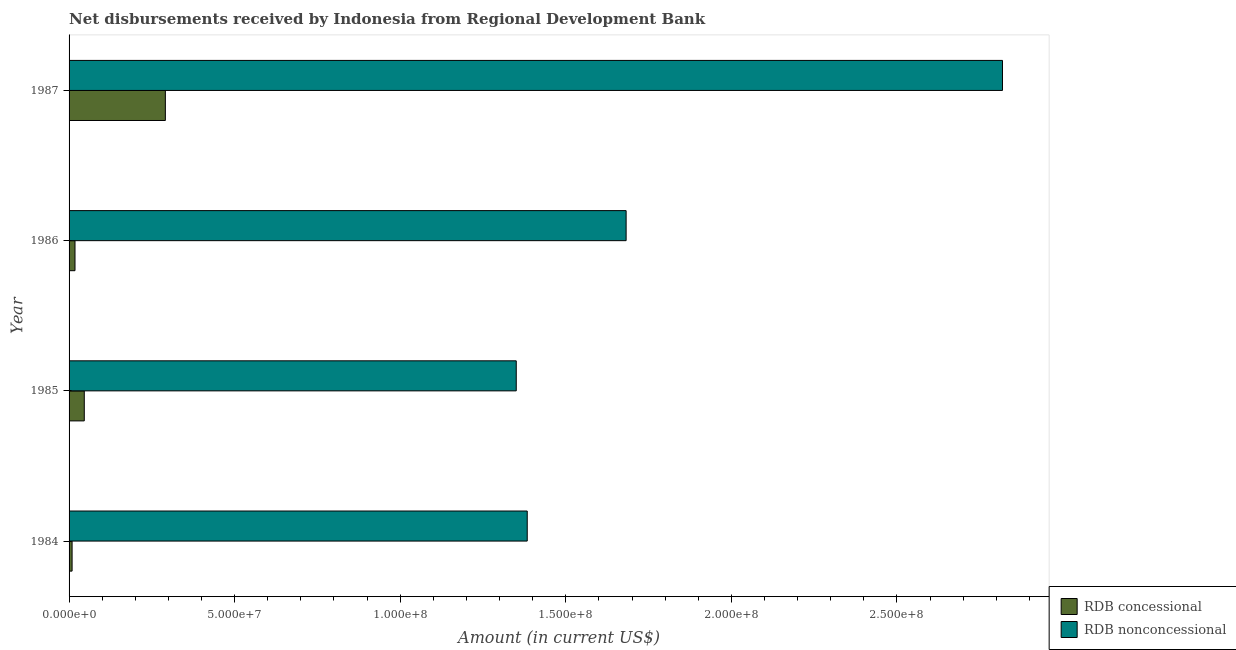
| Year | RDB concessional | RDB nonconcessional |
 | --- | --- | --- |
 | 1984 | 9.11e+05 | 1.38e+08 |
 | 1985 | 4.59e+06 | 1.35e+08 |
 | 1986 | 1.79e+06 | 1.68e+08 |
 | 1987 | 2.91e+07 | 2.82e+08 |